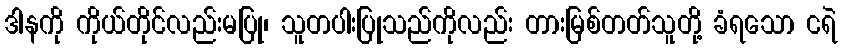
ဒါနကို ကိုယ်တိုင်လည်းမပြု၊ သူတပါးပြုသည်ကိုလည်း တားမြစ်တတ်သူတို့ ခံရသော ငရဲ